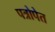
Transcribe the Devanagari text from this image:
पत्रोपेत